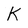
Character: K